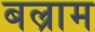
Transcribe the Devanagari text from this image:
बल्राम